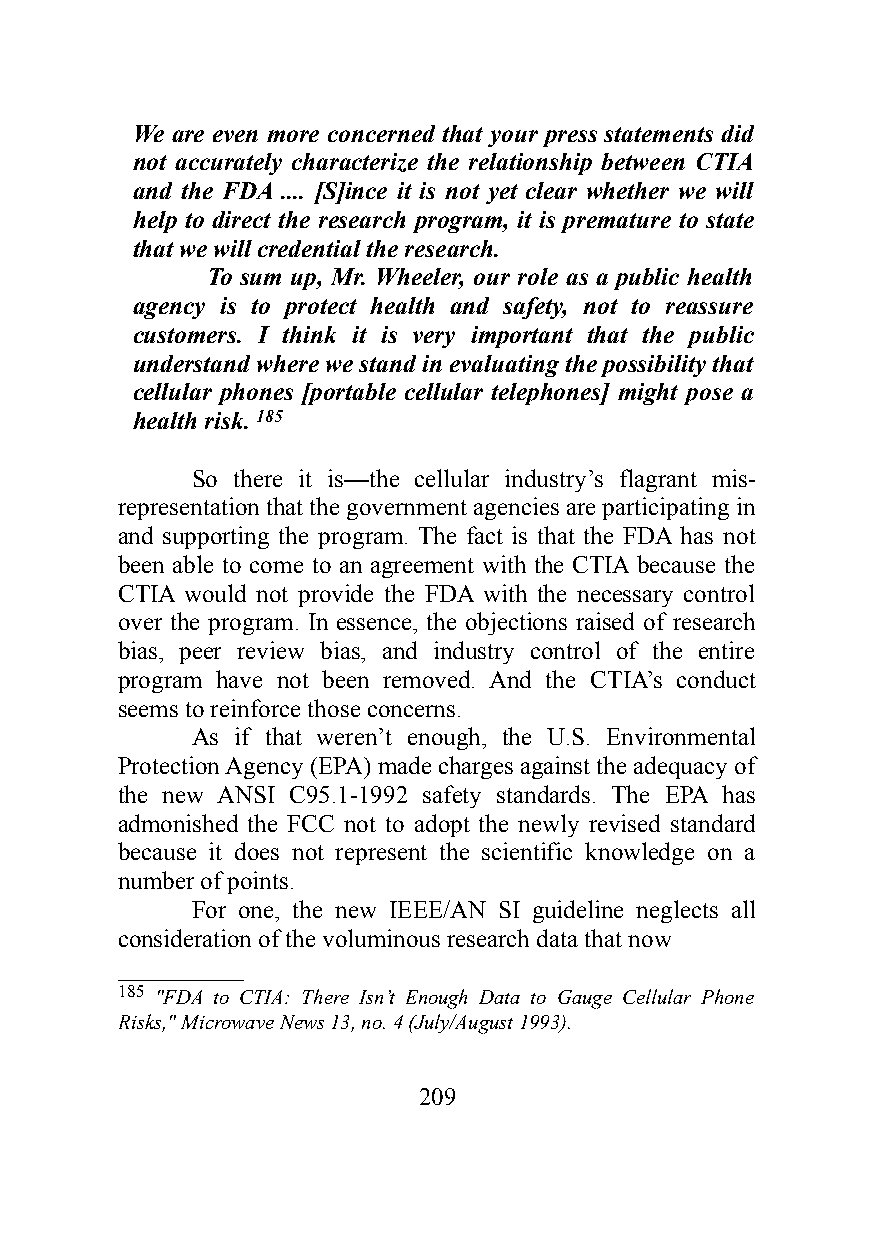
We are even more concerned that your press statements did
 not accurately characterize the relationship between CTIA
 and the FDA .... [S]ince it is not yet clear whether we will
 help to direct the research program, it is premature to state
 that we will credential the research.
 To sum up, Mr. Wheeler, our role as a public health
 agency is to protect health and safety, not to reassure
 customers. I think it is very important that the public
 understand where we stand in evaluating the possibility that
 cellular phones [portable cellular telephones] might pose a
 health risk. 185
 So there it is—the cellular industry’s flagrant mis-
 representation that the government agencies are participating in
 and supporting the program. The fact is that the FDA has not
 been able to come to an agreement with the CTIA because the
 CTIA would not provide the FDA with the necessary control
 over the program. In essence, the objections raised of research
 bias, peer review bias, and industry control of the entire
 program have not been removed. And the CTIA’s conduct
 seems to reinforce those concerns.
 As if that weren’t enough, the U.S. Environmental
 Protection Agency (EPA) made charges against the adequacy of
 the new ANSI C95.1-1992 safety standards. The EPA has
 admonished the FCC not to adopt the newly revised standard
 because it does not represent the scientific knowledge on a
 number of points.
 For one, the new IEEE/AN SI guideline neglects all
 consideration of the voluminous research data that now
 __________
 185 "FDA to CTIA: There Isn’t Enough Data to Gauge Cellular Phone
 Risks," Microwave News 13, no. 4 (July/August 1993).
 209